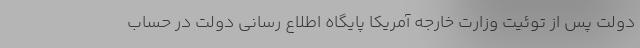
دولت پس از توئیت وزارت خارجه آمریکا پایگاه اطلاع رسانی دولت در حساب